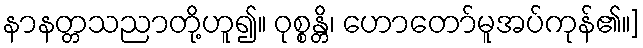
နာနတ္တသညာတို့ဟူ၍။ ဝုစ္စန္တိ၊ ဟောတော်မူအပ်ကုန်၏။]